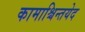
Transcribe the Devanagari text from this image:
कामाश्चिन्तयेद